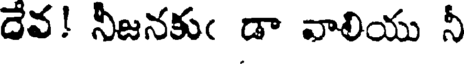
దేవ! నీజనకుఁ డా వాలియు నీ